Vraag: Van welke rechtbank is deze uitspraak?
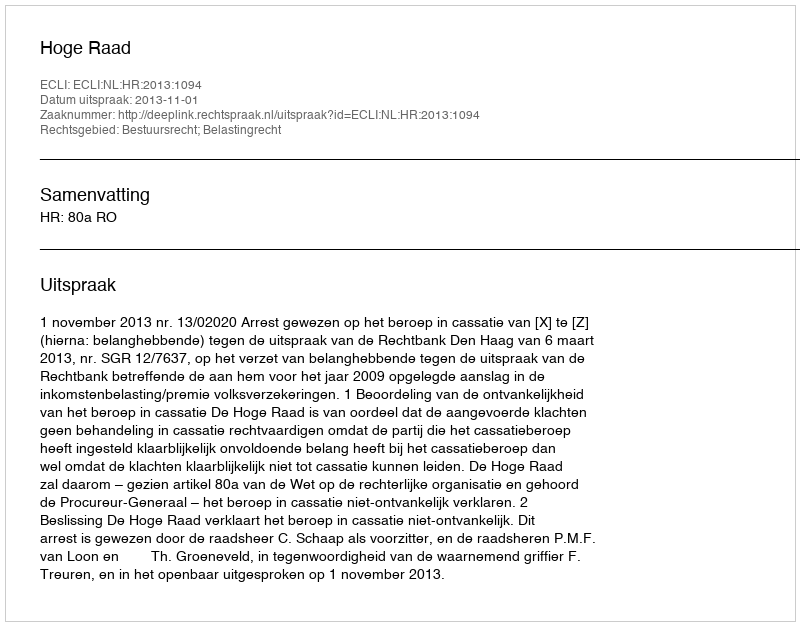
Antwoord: Hoge Raad